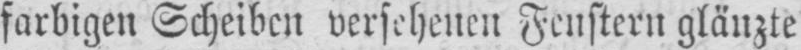
farbigen Scheiben versehenen Fenstern glänzte